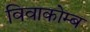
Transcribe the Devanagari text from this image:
विवाकोम्ब